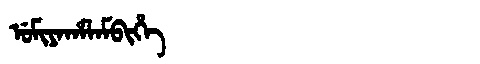
Manchu: ᡠᠮᡳᠶᠠᡥᠠᠯᠠᠮᠪᡳᡥᡝ
Romanization: UMIYAHALAMBIHE